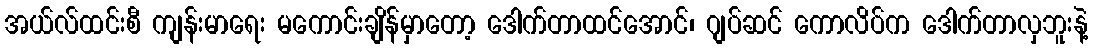
အယ်လ်ထင်းစီ ကျန်းမာရေး မကောင်းချိန်မှာတော့ ဒေါက်တာထင်အောင်၊ ဂျပ်ဆင် ကောလိပ်က ဒေါက်တာလှဘူးနဲ့